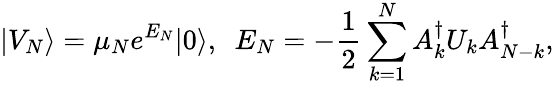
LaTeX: |V_{N}\rangle=\mu_{N}e^{E_{N}}|0\rangle,\ \ E_{N}=-{\frac{1}{2}}\sum_{k=1}^{N}A_{k}^{\dagger}U_{k}A_{N-k}^{\dagger},